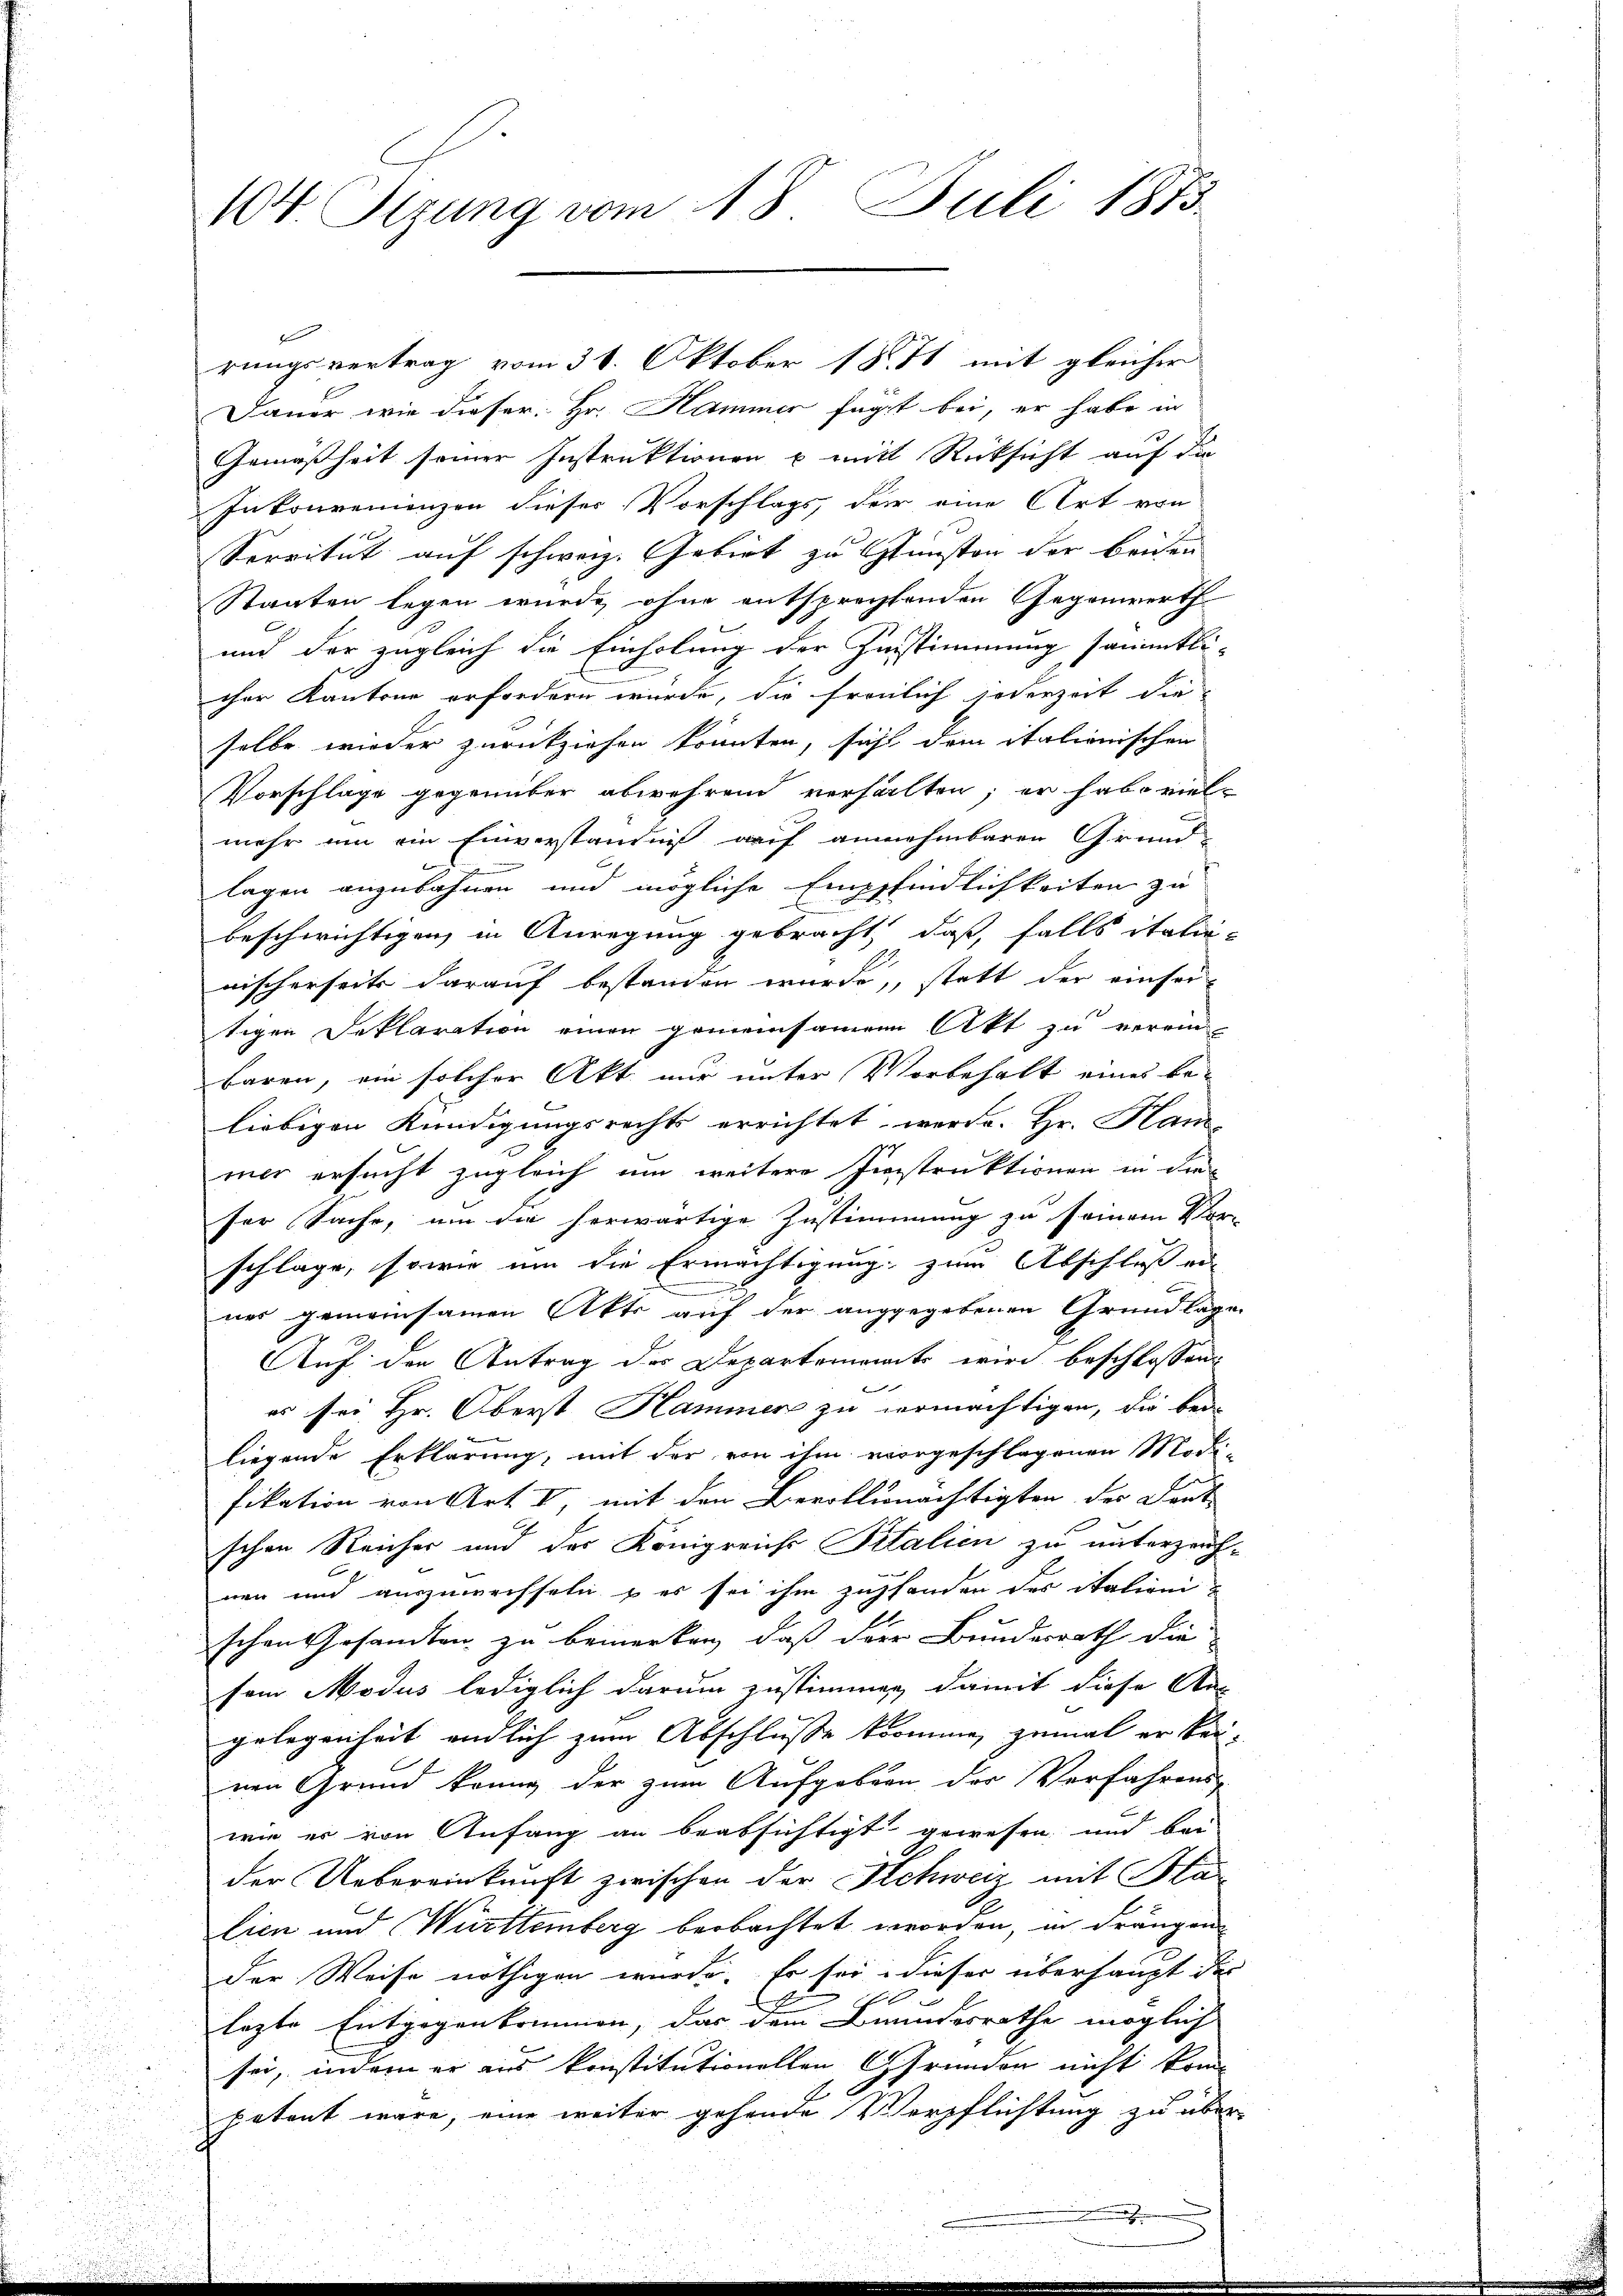
104. Tizung vom 18. Juli 1873.

Jauer wie dieser Hr. Hammer fügt bei, er habe in
Gemäßheit seiner Instruktionen u mit Rücksicht auf die
Inkonvenienzen dieser Vorschlags, der eine Art von
Servitut auf schweiz. Gebiet zu Gunsten der beiden
Staaten legen wurde, ohne entsprechtenden Gegenwerth
und der zugleich die Einholung der Zustimmung sämmtli-
cher Kantone erfordern wurde, die freulich jederzeit die
selbe wieder zurückziehen könnten, sicht dem italionischen
Vorschlage gegenüber abwehrend verhalten; er habe viel-
mehr um ein Einverständniß auf annehmbaren Grund-
2
lagen anzubahnen und mögliche Empfindlichkeiten zu
beschwichtigen, in Anregung gebracht, daß, falls italie-
nischerseits darauf bestanden wurde, statt der einser-
tigen Deklaration einen gemeinsamen Akt zu verein-
baren, ein solcher Akt nur unter Vorbehalt eines be-
liebigen Kündigungsrechts errichtet werde. Hr. Ham
mer ersucht zugleich um weitere Finstruktionen in die
ser Sache, um die herwärtige Zustimmung zu seinem Vor-
schlage, sowie um die Ermächtigung, zum Abschluß er
nes gemeinsamen Akts auf der angegebenen Grundlage
Auf den Antrag des Departemonats wird beschlossen
es sei Hr. Oberst Hammen zu vermächtigen, die bei-
b
liegende Erklärung, mit der von ihm vorgeschlagenen Modi-
fikation von Art I, mit den Bevollmächtigten des Dort
schen Reicher und der Königreichs Italien zu unterzeich-
nen und auszuweisseln & es sei ihm zufanden des italigei
schen Gesandten zu bemerken, daß der Bundesrath die
sem Modus lediglich darum zustimmen, damit diese An-
gelegenheit endlich zum Abschlusse komme, zumal er keinen Grund könne der zum Aufgaben der Verfahrens-
wie er von Anfang an beabsichtigt gewesen und bei
der Uebereinkunft zwischen der Schweiz mit Klalien und Württemberg beobachtet worden, in drängen
der Weise nöthigen wurde. Er sei dieser überhaupt der
f
l
lezte Entgegenkommen, das dem Beundesrathe möglich
sei, indem er aus konstitutionellen Grunden nicht kom
patent wäre, eine weiter gehende Verpflichtung zu über-

rungsvertrag vom 31. Oktober 1871 mit gleicher